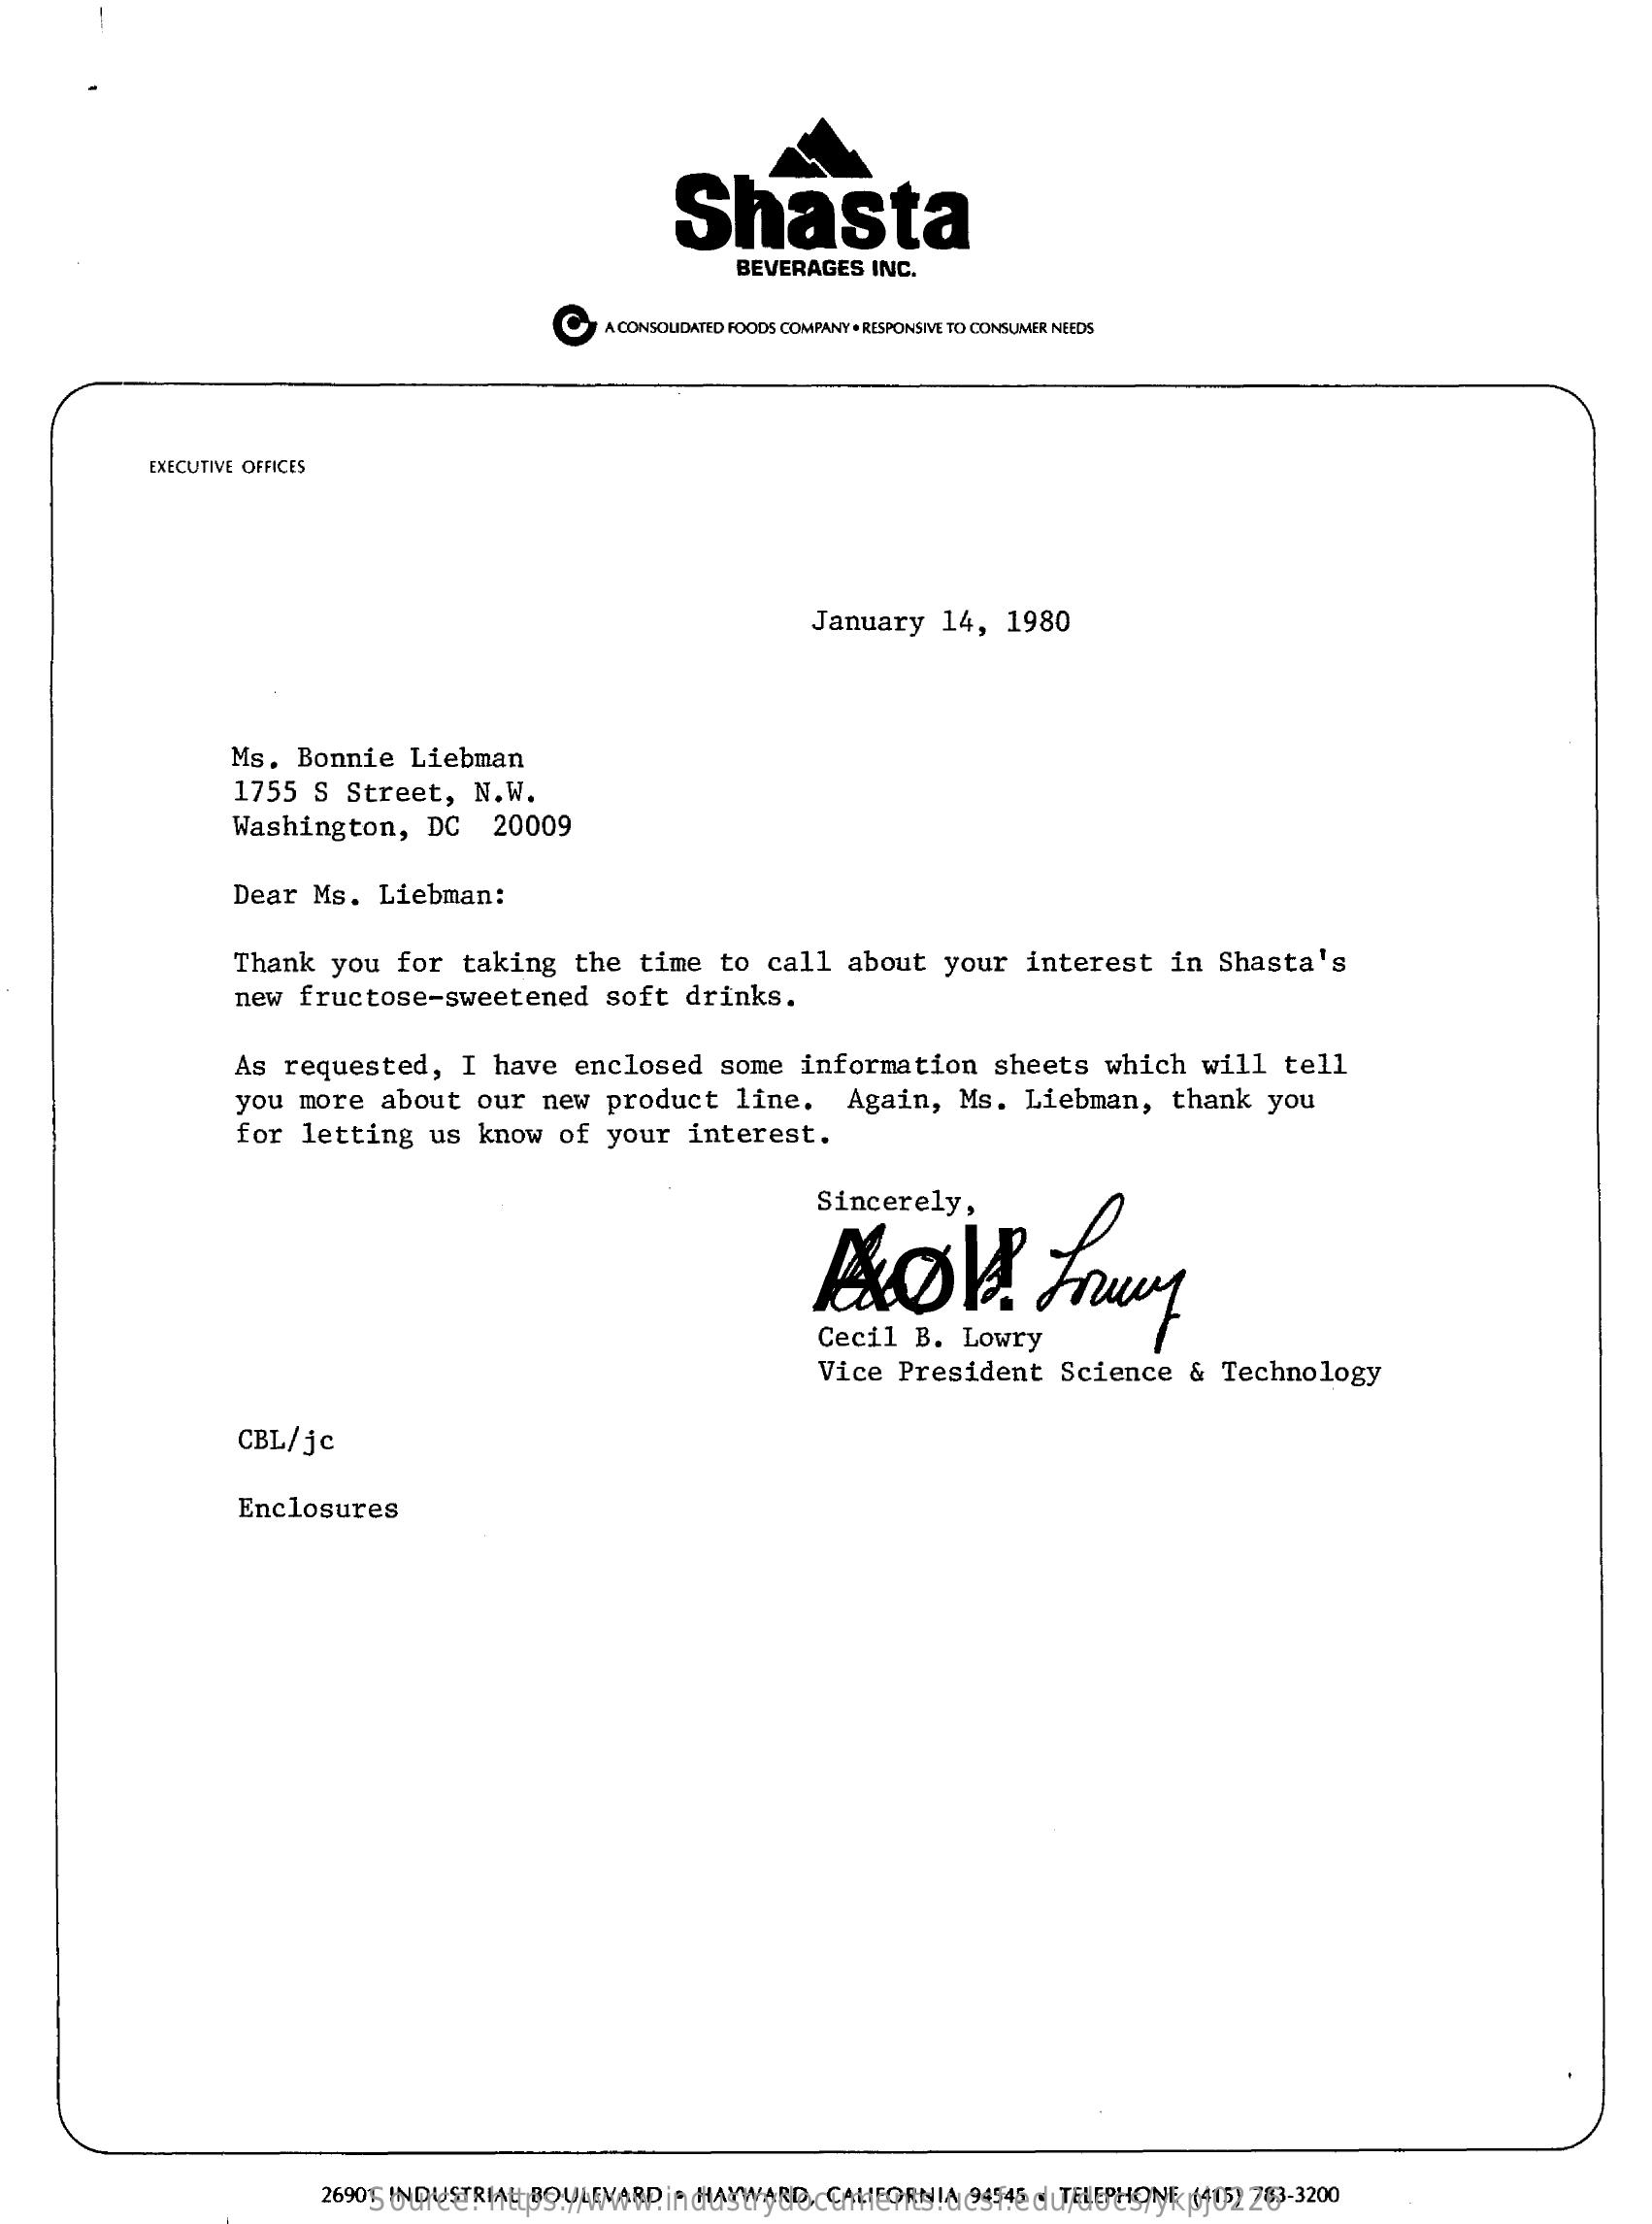
Shasta
     BEVERAGES    INC.
     C    A CONSOLIDATED FOODS  COMPANY  . RESPONSIVE TO CONSUMER NEEDS
     EXECUTIVE   OFFICES
     January    14,    1980
     Ms.    Bonnie    Liebman
     1755    S   Street,    N.W.
     Washington,    DC    20009
     Dear    Ms.    Liebman:
     Thank    you    for    taking    the    time    to    call    about    your    interest    in   Shasta's
     new    fructose-sweetened    soft    drinks.
     As    requested,    I   have    enclosed    some    information    sheets    which    will    tell
     you    more    about    our    new    product    line.    Again,    Ms.    Liebman,    thank    you
     for    letting    us    know    of    your    interest.
     Sincerely
     Cecil    B.    Lowry
     Vice    President    Science    &   Technology
     CBL/jc
     Enclosures
     26901   INDUSTRIAL    BOULEVARD    .  HAYWARD,    CALIFORNIA    94545    .  TELEPHONE    (415)   783-3200 Source: https://www.industrydocuments.ucsf.edu/docs/ykpj0226